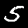
Digit: 5